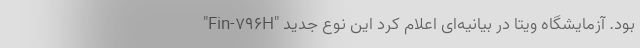
بود. آزمایشگاه ویتا در بیانیه‌ای اعلام کرد این نوع جدید "Fin-۷۹۶H"